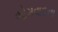
ભોગવાદના